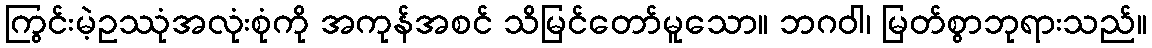
ကြွင်းမဲ့ဥဿုံအလုံးစုံကို အကုန်အစင် သိမြင်တော်မူသော။ ဘဂဝါ၊ မြတ်စွာဘုရားသည်။